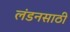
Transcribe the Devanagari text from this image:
लंडनसाठी